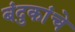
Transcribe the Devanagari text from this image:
बंदुकांचे